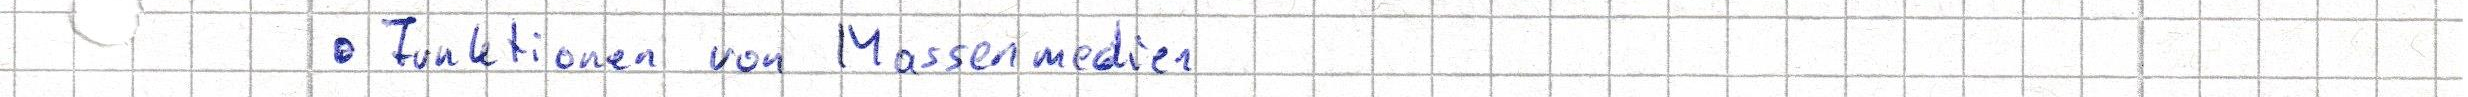
- Funktionen von Massenmedien